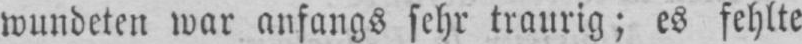
wundeten war anfangs sehr traurig; es fehlte